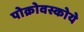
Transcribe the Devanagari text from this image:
पोक्रोवस्कोये